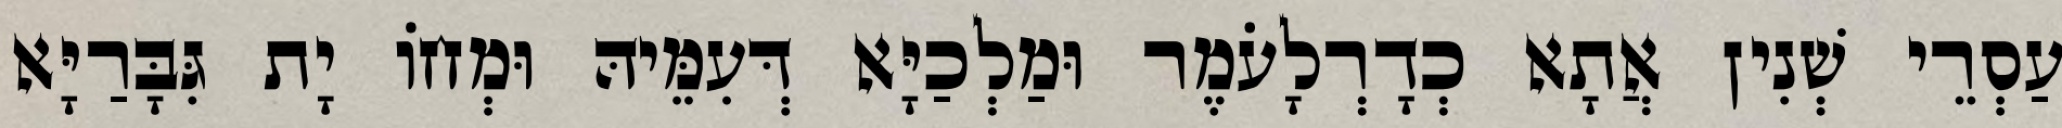
עַסְרֵי שְׁנִין אֲתָא כְדָרְלָעֹמֶר וּמַלְכַיָּא דְּעִמֵּיהּ וּמְחוֹ יָת גִּבָּרַיָּא